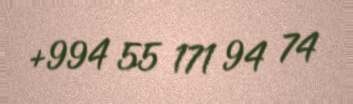
+994 55 171 94 74